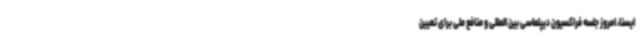
ایسنا، امروز جلسه فراکسیون دیپلماسی بین المللی و منافع ملی برای تعیین